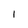
Character: 1